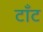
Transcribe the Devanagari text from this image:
टाँट